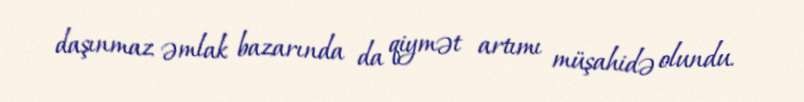
daşınmaz əmlak bazarında da qiymət artımı müşahidə olundu.